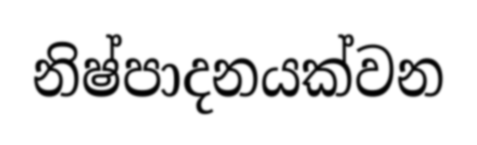
නිෂ්පාදනයක්වන